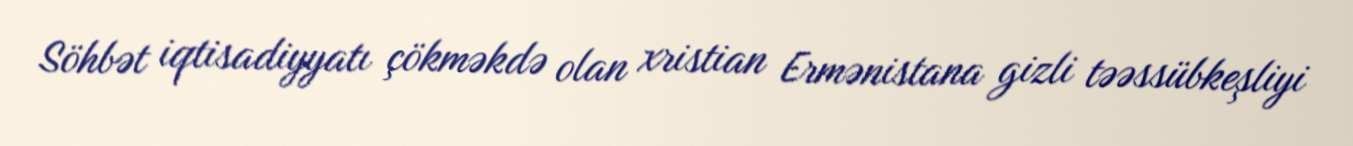
Söhbət iqtisadiyyatı çökməkdə olan xristian Ermənistana gizli təəssübkeşliyi